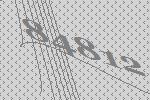
84812